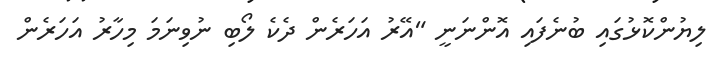
ލިޔުންކޮޅުގައި ބުނެފައި އޮންނަނީ "އޭރު އަހަރެން ދެކެ ލޯބި ނުވިނަމަ މިހާރު އަހަރެން